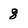
Character: 8